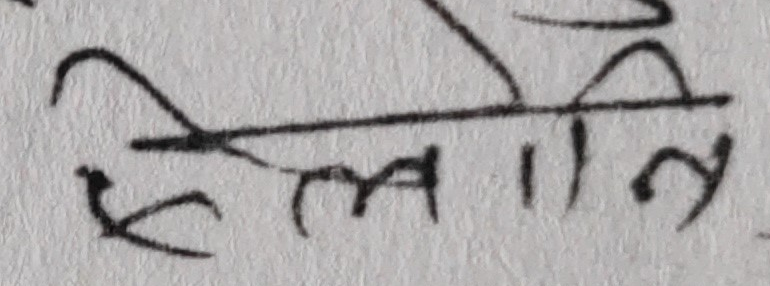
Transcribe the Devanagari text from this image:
स्थलानि